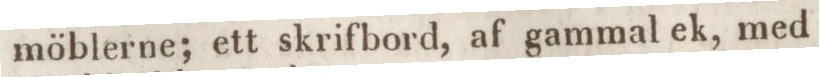
möblerne; ett skrifbord, af gammal ek, med